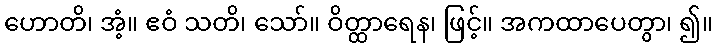
ဟောတိ၊ အံ့။ ဧဝံ သတိ၊ သော်။ ဝိတ္ထာရေန၊ ဖြင့်။ အကထာပေတွာ၊ ၍။